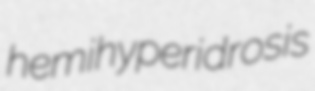
hemihyperidrosis